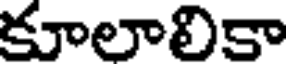
కూలాలికా